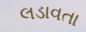
લડાવતા